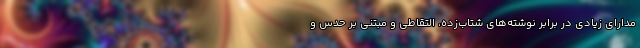
مدارای زیادی در برابر نوشته‌های شتاب‌زده، التقاطی و مبتنی بر حدس و